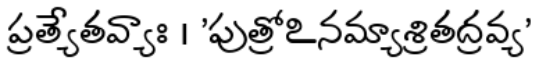
ప్రత్యేతవ్యాః । 'పుత్రోఽనమ్యాశ్రితద్రవ్య'